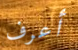
أعرف